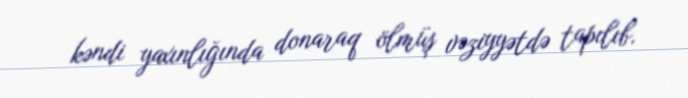
kəndi yaxınlığında donaraq ölmüş vəziyyətdə tapılıb.